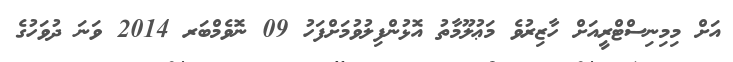
އަށް މިމިނިސްޓްރީއަށް ހާޒިރުވެ މަޢުލޫމާތު އޮޅުންފިލުވުމަށްފަހު 09 ނޮވެމްބަރ 2014 ވަނަ ދުވަހުގެ